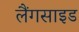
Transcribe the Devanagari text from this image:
लैंगसाइड